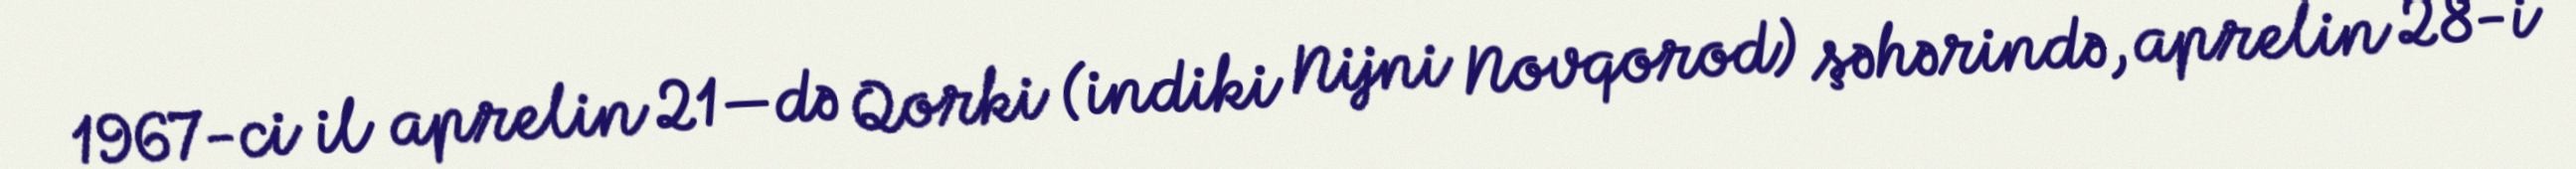
1967-ci il aprelin 21—də Qorki (indiki Nijni Novqorod) şəhərində, aprelin 28-i